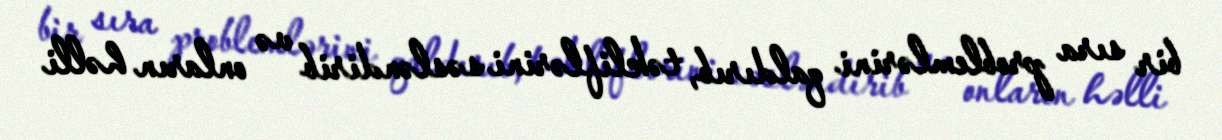
bir sıra problemlərini qaldırıb, təkliflərini səsləndirib və onların həlli